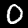
Label: 0